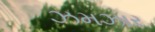
ઝમઝાર